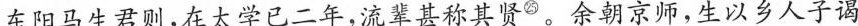
东阳马生君则,在太学已二年,流辈甚称其贤^{㉕}。余朝京师，生以乡人子谒